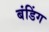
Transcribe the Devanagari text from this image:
बंडिंग